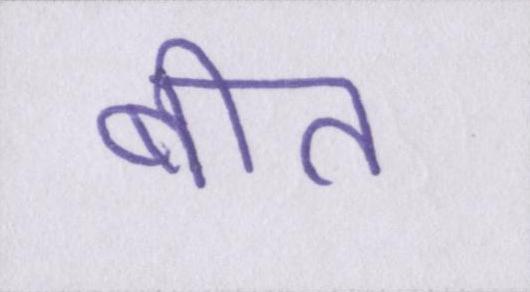
बीत